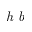
\emph { h b }